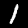
Label: 1